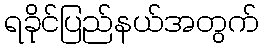
ရခိုင်ပြည်နယ်အတွက်